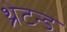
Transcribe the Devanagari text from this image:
थ्रेटन्ड